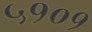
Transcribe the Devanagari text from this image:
५१०१